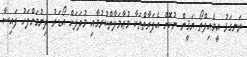
ރަނގަޅު އީމެއިލްތޯ ޔަޤީން ނުކޮށް އެފަރާތްތަކާ މުޢާމަލާތްކުރުމާއި މުދަލަށް އޯޑަރު ދިނުމަށްފަހު ފައިސާ